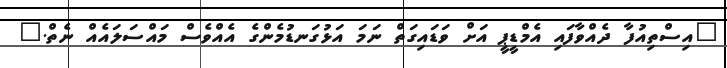
"އިސްތިއުފާ ދެއްވާފައި އެމްޑީޕީ އަށް ވަޑައިގަތް ނަމަ އަޅުގަނޑުމެންގެ އެއްވެސް މައްސަލައެއް ނެތް."